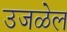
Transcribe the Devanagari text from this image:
उजळेल